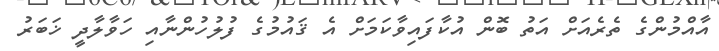
އާއްމުންގެ ތެރެއަށް އަތު ބޮން އުކާފައިވާކަމަށް އެ ޤައުމުގެ ފުލުހުންނާއި ހަވާލާދީ ޚަބަރު